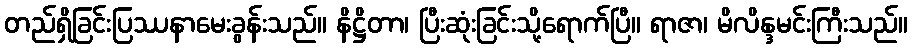
တည်ရှိခြင်းပြဿနာမေးခွန်းသည်။ နိဋ္ဌိတာ၊ ပြီးဆုံးခြင်းသို့ရောက်ပြီ။ ရာဇာ၊ မိလိန္ဒမင်းကြီးသည်။